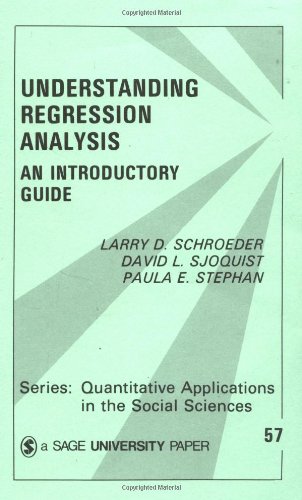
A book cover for Understanding Regression Analysis: An Introductory Guide (Quantitative Applications in the Social Sciences); Larry D. Schroeder; Politics & Social Sciences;